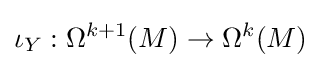
\iota _{Y}:\Omega ^{k+1}(M)\rightarrow \Omega ^{k}(M)